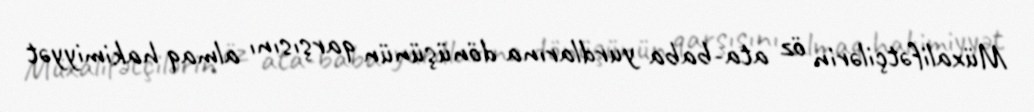
Müxalifətçilərin öz ata-baba yurdlarına dönüşünün qarşısını almaq hakimiyyət